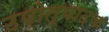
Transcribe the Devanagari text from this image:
उपोत्पादक